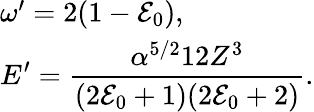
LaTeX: \begin{array}{l}{\omega^{\prime}=2(1-\mathcal{E}_{0}),}\\ {\displaystyle E^{\prime}=\frac{\alpha^{5/2}12Z^{3}}{(2\mathcal{E}_{0}+1)(2\mathcal{E}_{0}+2)}.}\end{array}